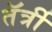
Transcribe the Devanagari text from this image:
तॅर्त्री